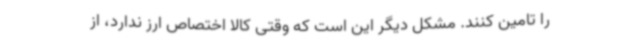
را تامین کنند. مشکل دیگر این است که وقتی کالا اختصاص ارز ندارد، از